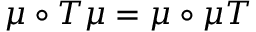
\mu \circ T \mu = \mu \circ \mu T